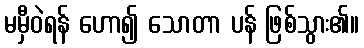
မမှီဝဲရန် ဟော၍ သောတာ ပန် ဖြစ်သွား၏။